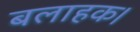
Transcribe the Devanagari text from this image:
बलाहक।